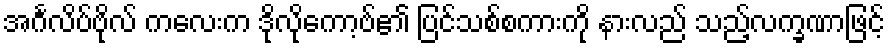
အင်္ဂလိပ်ဗိုလ် ကလေးက ဒိုလိုကော့ဗ်၏ ပြင်သစ်စကားကို နားလည် သည့်လက္ခဏာဖြင့်